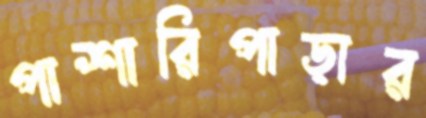
পাশারিপাড়ার